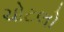
ચોટલો